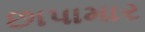
છાપામાર